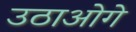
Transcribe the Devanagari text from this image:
उठाओगे